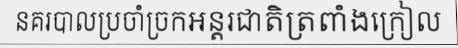
នគរបាលប្រចាំច្រកអន្តរជាតិត្រពាំងក្រៀល